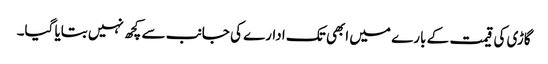
گاڑی کی قیمت کے بارے میں ابھی تک ادارے کی جانب سے کچھ نہیں بتایا گیا۔